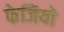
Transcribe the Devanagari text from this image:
फेजियो